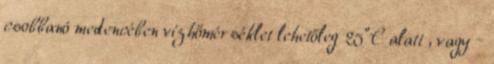
csobbanó medencében vízhőmérséklet lehetőleg 25°C alatt , vagy –